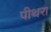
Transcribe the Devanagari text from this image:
पीथरा